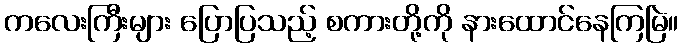
ကလေးကြီးများ ပြောပြသည့် စကားတို့ကို နားထောင်နေကြမြဲ။